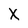
Character: X